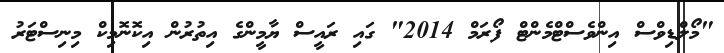
"މޯލްޑިވްސް އިންވެސްޓްމެންޓް ފޯރަމް 2014" ގައި ރައީސް ޔާމީންގެ އިތުރުން އިކޮނޮމިކް މިނިސްޓަރު